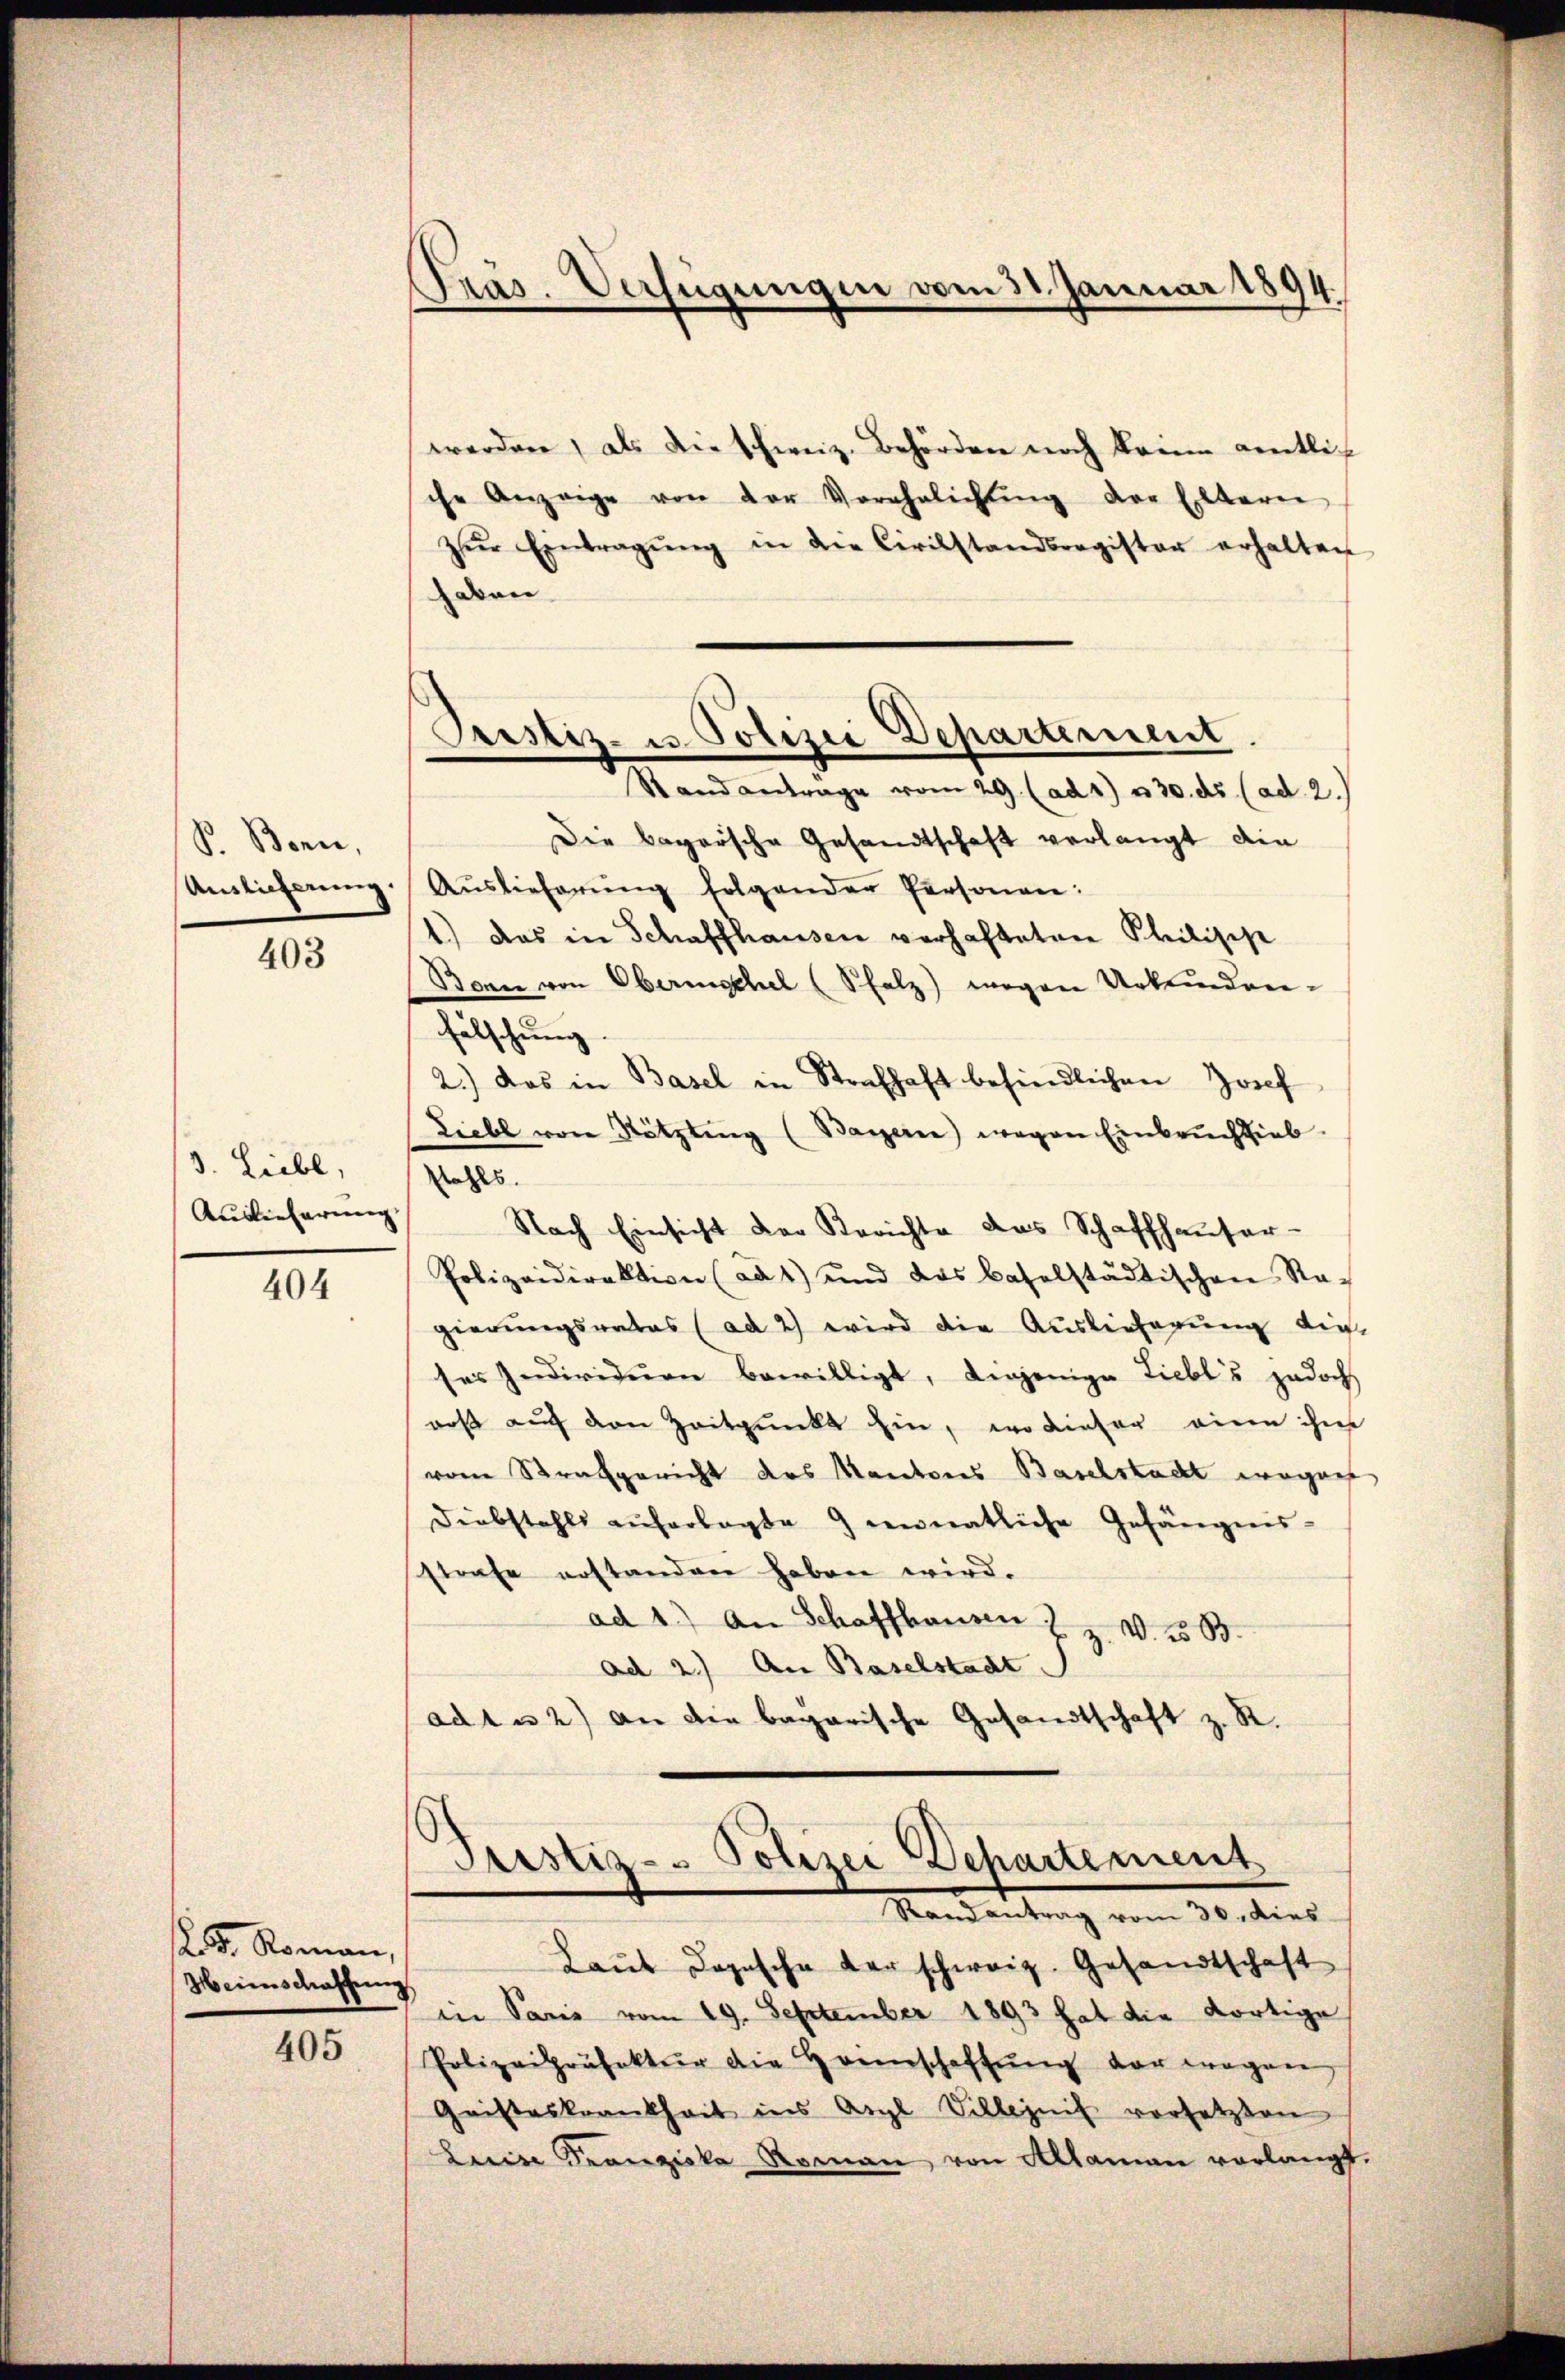
P. Bonn,

403

3. Liebl,
Auslieferung

404

12. d. Roman,
Heimschaffung

405

werden, als die schweiz. Behörden noch keine entliche Anzeige von der Verehelichŭng der Eltern
zŭr Eintragŭng in der Civilstandsregister erhalten
haben
Die bagersche Gesandtschaft verlangt die
Auslieferŭng Aŭslieferŭng folgender Personen:
1.) Das in Schaffhausen verhafteten Philische
Bonn von Oberischel (Salz) wegen Urkunden-
fälschung.
2.) Das in Basel in Strafhaft befindlichen Josef
Liebl von Nötzling (Bayern) wegen Einbruchsieb
stahls.
Nach Einsicht der Berichte das Schaffhaŭser-
Polizeidirektion (ad 1) und das baselstädtischen Re-
gierungsrates (ad 2) wird die Auslieferŭng die
ses Individuen bewilligt, diejenige Liebl's jedoch
roß auch den Zeitpunkt hin, wo dieser eine ihm
vom Strafgericht des Kantons Baselstadt wegen
Diebstahls auferlegte 9 monatliche Gefängnis-
strafe erstanden haben wird.
ad 1.) An Schaffhausen z. Z. W. B.
ad 2.) An Baselstadt
adt u 2) an die bayerische Gesandtschaft z. R.

Präs. Verfügungen vom 31. Januar 1894.

Prostiz- u Polizei Departement
Stand antrage vom 29. (ad 1) u. 30. ds (ad 2.)

Pristiz- Polizei Departement
Randantrag vom 30. dies

Laut dopische der schweiz. Gesandtschaft
in Paris vom 19. September 1893 hat die dortige
Polizeipräfektur die Heimschaftŭng der wegen,
Gristeskrankheit ins Argl Villezeit vorsetzten
Luise Franziska Roman von Alaman verlangt.